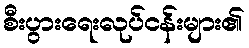
စီးပွားရေးလုပ်ငန်းများ၏